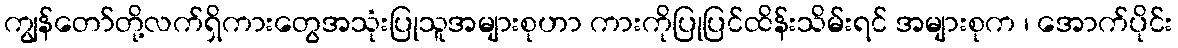
ကျွန်တော်တို့လက်ရှိကားတွေအသုံးပြုသူအများစုဟာ ကားကိုပြုပြင်ထိန်းသိမ်းရင် အများစုက ၊ အောက်ပိုင်း